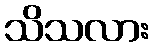
သိသလား